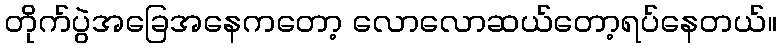
တိုက်ပွဲအခြေအနေကတော့ လောလောဆယ်တော့ရပ်နေတယ်။